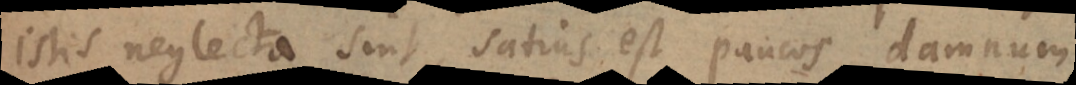
istis neglecta sint, satius est paucos damnum